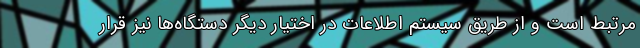
مرتبط است و از طریق سیستم اطلاعات در اختیار دیگر دستگاه‌ها نیز قرار